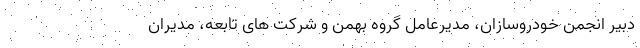
دبیر انجمن خودروسازان، مدیرعامل گروه بهمن و شرکت های تابعه، مدیران